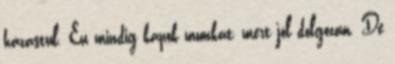
házastul. Én mindig kapok munkát, mert jól dolgozom. De